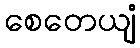
စေတေယျံ